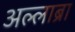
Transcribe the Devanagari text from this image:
अल्लाब्रा